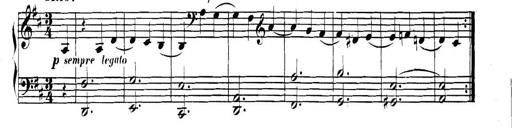
Title: Collected Piano Sonatas
Composer: Muzio Clementi